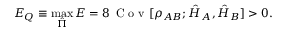
E _ { Q } \equiv \operatorname* { m a x } _ { \hat { \Pi } } { E } = 8 \, \mathrm { ~ C ~ o ~ v ~ } [ \rho _ { A B } ; \hat { H } _ { A } , \hat { H } _ { B } ] > 0 .